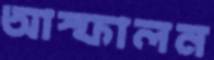
আস্ফালন